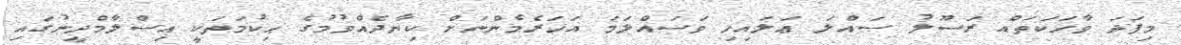
މިފަދަ ވާހަކަތައް ރަސޫލު ޞައްލަ ޢަލައިހި ވަސައްލަމަ އަހަރެމެންނަށް ކިޔާދެއްވުމުގެ ޙިކުމަތަކީ އިސްލާމްދީނުގައި